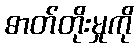
ဓာတ်တိုးမှုကို